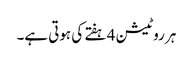
ہر روٹیشن 4 ہفتے کی ہوتی ہے۔